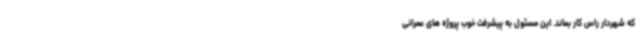
که شهردار راس کار بماند. این مسئول به پیشرفت خوب پروژه های عمرانی